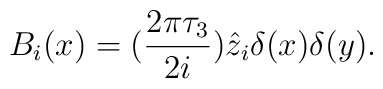
B_i(x)=(\frac{2\pi \tau_3}{2i})\hat{z}_i\delta (x)\delta (y).